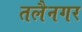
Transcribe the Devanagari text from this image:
तलैनगर